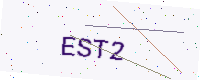
Text: EST2